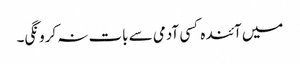
میں آئندہ کسی آدمی سے بات نہ کرونگی۔